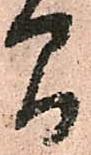
間